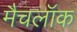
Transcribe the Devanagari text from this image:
मैचलॉक